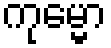
ကုမ္မော